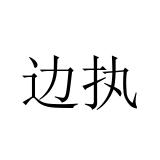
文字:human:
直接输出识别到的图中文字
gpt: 边执